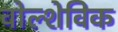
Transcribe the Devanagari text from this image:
वोल्शेविक